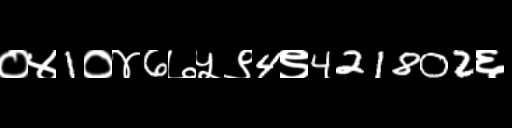
Text: ०४1०४6७५९4९421802६